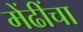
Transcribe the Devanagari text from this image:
मेंढींचा